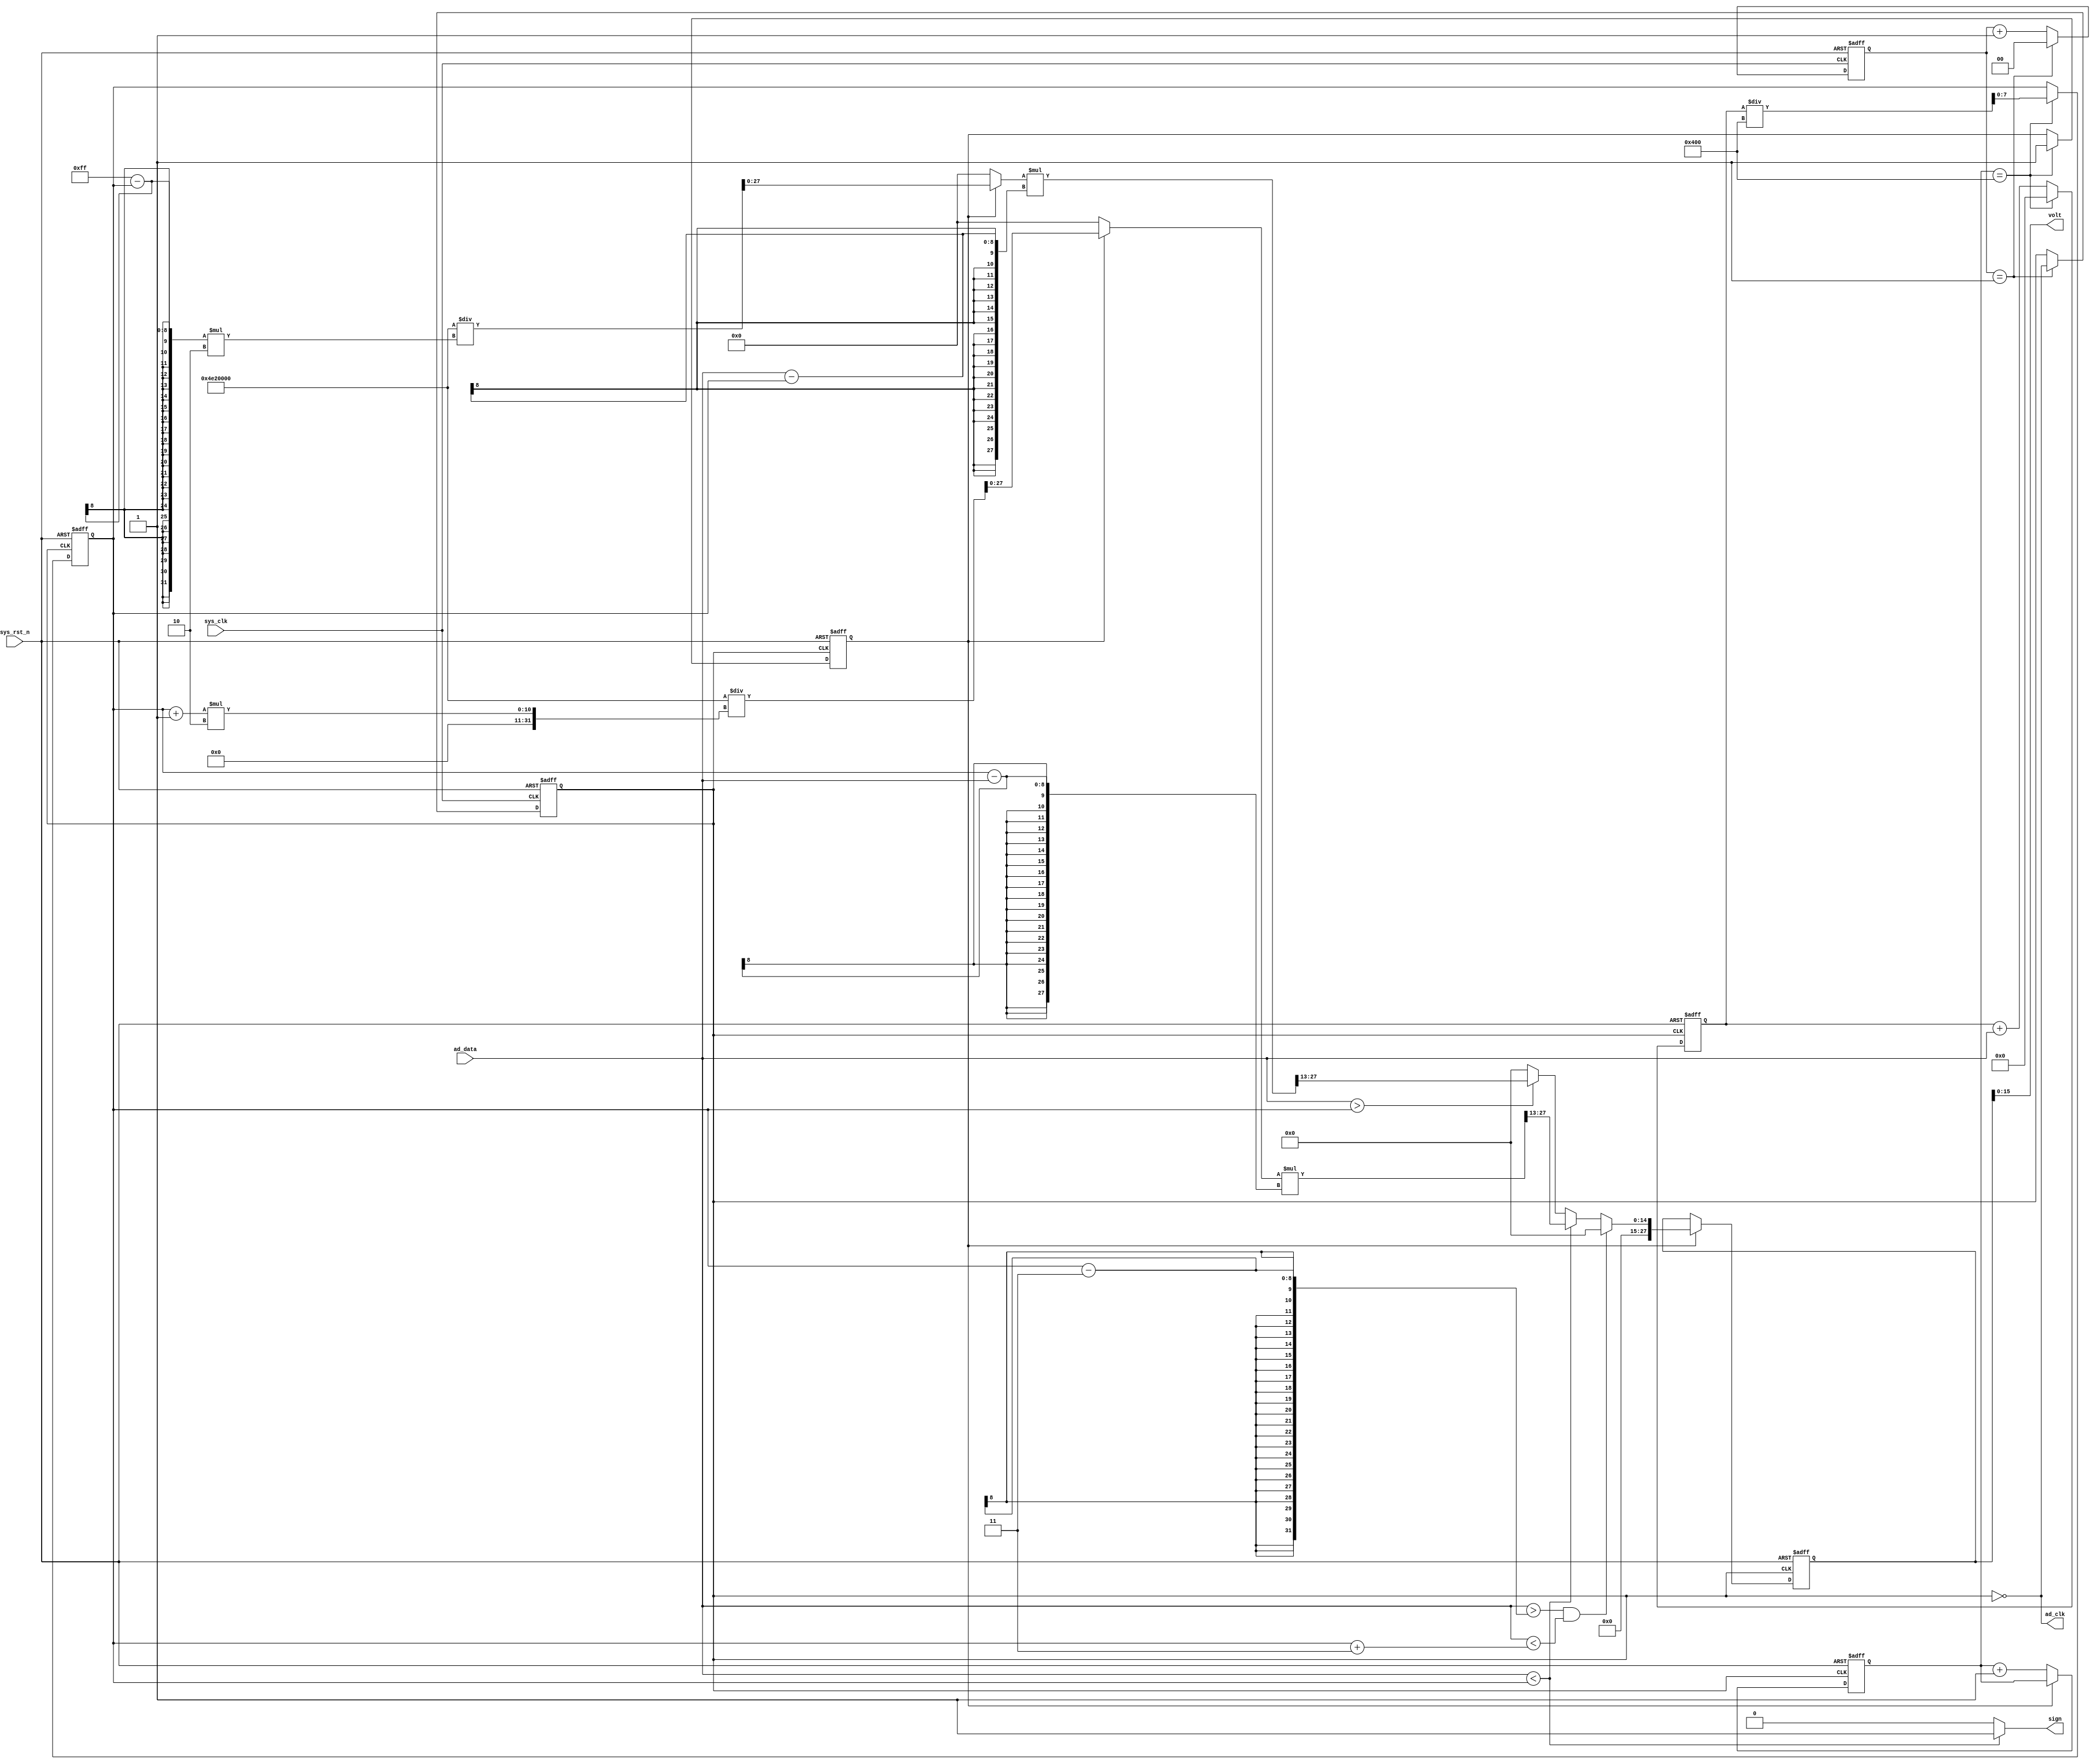
`timescale  1ns/1ns
////////////////////////////////////////////////////////////////////////
// Module Name   : adc
// Project Name  : dig_volt
// Target Devices: Altera EP4CE10F17C8N
// Tool Versions : Quartus 13.0
// Description   : 
//
// Revision      : V1.0
// Additional Comments:
// 
// : _Pro_FPGA
//     : http://www.embedfire.com
//     : http://www.firebbs.cn
//     : https://fire-stm32.taobao.com
////////////////////////////////////////////////////////////////////////

module  adc
(
    input   wire            sys_clk         ,   //
    input   wire            sys_rst_n       ,   //
    input   wire    [7:0]   ad_data         ,   //AD

    output  wire            ad_clk          ,   //AD,20Mhz
    output  wire            sign            ,   //
    output  wire    [15:0]  volt                //
);
//********************************************************************//
//******************Parameter And Internal Signal ********************//
//********************************************************************//
//parameter define
parameter   CNT_DATA_MAX = 11'd1024;    //

//wire  define
wire    [27:0]  data_p      ;   //AD
wire    [27:0]  data_n      ;   //AD

//reg define
reg             median_en   ;   //
reg     [10:0]  cnt_median  ;   //
reg     [18:0]  data_sum_m  ;   //1024
reg     [7:0]   data_median ;   //
reg     [1:0]   cnt_sys_clk ;   //
reg             clk_sample  ;   //
reg     [27:0]  volt_reg    ;   //

//********************************************************************//
//***************************** Main Code ****************************//
//********************************************************************//
//ad_dataad_sys_clk
//ad_sys_clk
//FPGA,
//ad_sys_clksample_sys_clk
assign  ad_clk = ~clk_sample;

//sign:
assign  sign = (ad_data < data_median) ? 1'b1 : 1'b0;

//(4,12.5Mhz),AD
always@(posedge sys_clk or negedge sys_rst_n)
    if(sys_rst_n == 1'b0)
        begin
            cnt_sys_clk <=  2'd0;
            clk_sample  <=  1'b0;
        end
        else
        begin
            cnt_sys_clk <=  cnt_sys_clk + 2'd1;
        if(cnt_sys_clk == 2'd1)
            begin
            cnt_sys_clk <=  2'd0;
            clk_sample  <=  ~clk_sample;
            end
        end

//
always@(posedge clk_sample or negedge sys_rst_n)
    if(sys_rst_n == 1'b0)
        median_en   <=  1'b0;
    else    if(cnt_median == CNT_DATA_MAX)
        median_en   <=  1'b1;
    else
        median_en   <=  median_en;

//cnt_median:
always@(posedge clk_sample or negedge sys_rst_n)
    if(sys_rst_n == 1'b0)
        cnt_median    <=  11'd0;
    else    if(median_en == 1'b0)
        cnt_median    <=  cnt_median + 1'b1;

//data_sum_m:1024
always@(posedge clk_sample or negedge sys_rst_n)
    if(sys_rst_n == 1'b0)
        data_sum_m  <=  19'd0;
    else    if(cnt_median == CNT_DATA_MAX)
        data_sum_m    <=  19'd0;
    else
        data_sum_m    <=  data_sum_m + ad_data;

//data_median:
always@(posedge clk_sample or negedge sys_rst_n)
    if(sys_rst_n == 1'b0)
        data_median    <=  8'd0;
    else    if(cnt_median == CNT_DATA_MAX)
        data_median    <=  data_sum_m / CNT_DATA_MAX;
    else
        data_median    <=  data_median;

//data_p:AD(2^13*1000)
//data_n:AD(2^13*1000)
assign  data_p = (median_en == 1'b1) ? 8192_0000 / ((255 - data_median) * 2) : 0;
assign  data_n = (median_en == 1'b1) ? 8192_0000 / ((data_median + 1) * 2) : 0;

//volt_reg:
always@(posedge clk_sample or negedge sys_rst_n)
    if(sys_rst_n == 1'b0)
        volt_reg    <= 'd0;
    else    if(median_en == 1'b1)
        if((ad_data > (data_median - 3))&&(ad_data < (data_median + 3)))
            volt_reg    <= 'd0;
        else    if(ad_data < data_median)
            volt_reg <= (data_n *(data_median - ad_data)) >> 13;
        else    if(ad_data > data_median)
            volt_reg <= (data_p *(ad_data - data_median)) >> 13;
    else
        volt_reg    <= 'd0;

//volt:
assign  volt    =   volt_reg;

endmodule